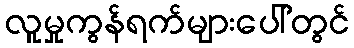
လူမှုကွန်ရက်များပေါ်တွင်